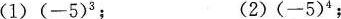
(1) $$( - 5 ) ^ 3$$； (2) $$( - 5 ) ^ 4$$；